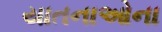
યાતનાઓના